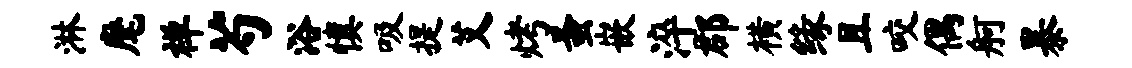
淋麾禅芍浴慎吸提艾烤蚤嵌淬郡横缘且咬偶舸暴